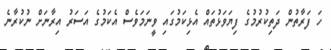
ހަ ފަރާތުން ދަތިކުރުމުގެ ފިޔަވަޅުތައް އެޅިކަމުގައި ވީނަމަވެސް އެކަމުގެ އަސަރު އިރާނަށް ނުކުރާނެ